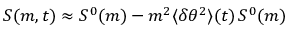
S ( m , t ) \approx S ^ { 0 } ( m ) - m ^ { 2 } \langle \delta \theta ^ { 2 } \rangle ( t ) \, S ^ { 0 } ( m )